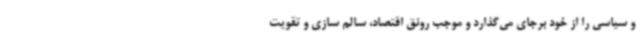
و سیاسی را از خود برجای می‌گذارد و موجب رونق اقتصاد، سالم سازی و تقویت